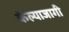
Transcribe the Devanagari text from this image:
केल्याजागी